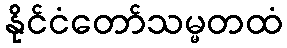
နိုင်ငံတော်သမ္မတထံ